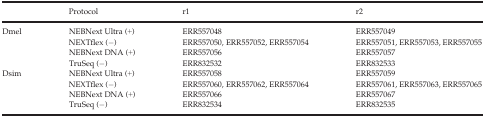
<table><thead><tr><td></td><td><b>Protocol</b></td><td><b>r1</b></td><td><b>r2</b></td></tr></thead><tbody><tr><td rowspan="4">Dmel</td><td>NEBNext Ultra (+)</td><td>ERR557048</td><td>ERR557049</td></tr><tr><td>NEXTflex (−)</td><td>ERR557050, ERR557052, ERR557054</td><td>ERR557051, ERR557053, ERR557055</td></tr><tr><td>NEBNext DNA (+)</td><td>ERR557056</td><td>ERR557057</td></tr><tr><td>TruSeq (−)</td><td>ERR832532</td><td>ERR832533</td></tr><tr><td rowspan="4">Dsim</td><td>NEBNext Ultra (+)</td><td>ERR557058</td><td>ERR557059</td></tr><tr><td>NEXTflex (−)</td><td>ERR557060, ERR557062, ERR557064</td><td>ERR557061, ERR557063, ERR557065</td></tr><tr><td>NEBNext DNA (+)</td><td>ERR557066</td><td>ERR557067</td></tr><tr><td>TruSeq (−)</td><td>ERR832534</td><td>ERR832535</td></tr></tbody></table>